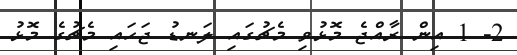
2- 1 އިން ރާއްޖެ މޮޅުވި މެޗުގައި ލަނޑު ޖަހައި މެޗުގެ މޮޅު